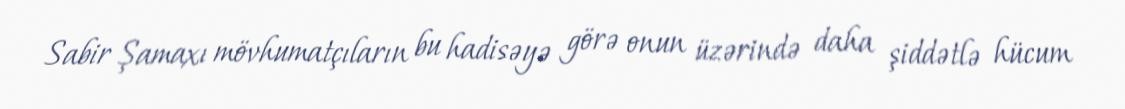
Sabir Şamaxı mövhumatçıların bu hadisəyə görə onun üzərində daha şiddətlə hücum